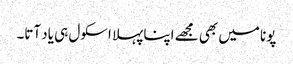
پونا میں بھی مجھے اپنا پہلا اسکول ہی یاد آتا۔